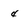
Character: 4